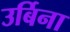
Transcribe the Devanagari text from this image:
उर्बिना